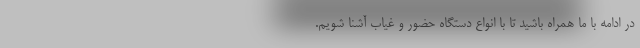
در ادامه با ما همراه باشید تا با انواع دستگاه حضور و غیاب آشنا شویم.